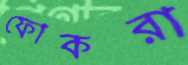
ফোকরা